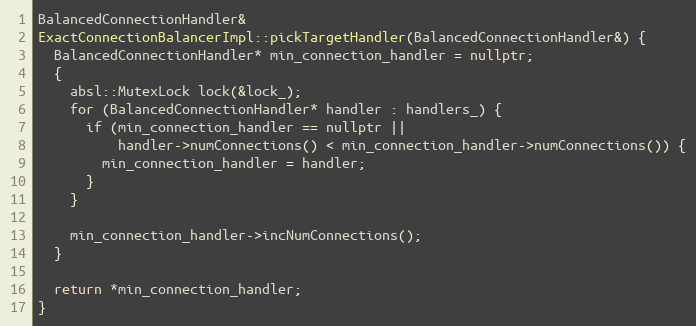
Language: C++
BalancedConnectionHandler&
ExactConnectionBalancerImpl::pickTargetHandler(BalancedConnectionHandler&) {
  BalancedConnectionHandler* min_connection_handler = nullptr;
  {
    absl::MutexLock lock(&lock_);
    for (BalancedConnectionHandler* handler : handlers_) {
      if (min_connection_handler == nullptr ||
          handler->numConnections() < min_connection_handler->numConnections()) {
        min_connection_handler = handler;
      }
    }

    min_connection_handler->incNumConnections();
  }

  return *min_connection_handler;
}